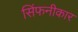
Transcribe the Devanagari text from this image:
सिंफनीकार